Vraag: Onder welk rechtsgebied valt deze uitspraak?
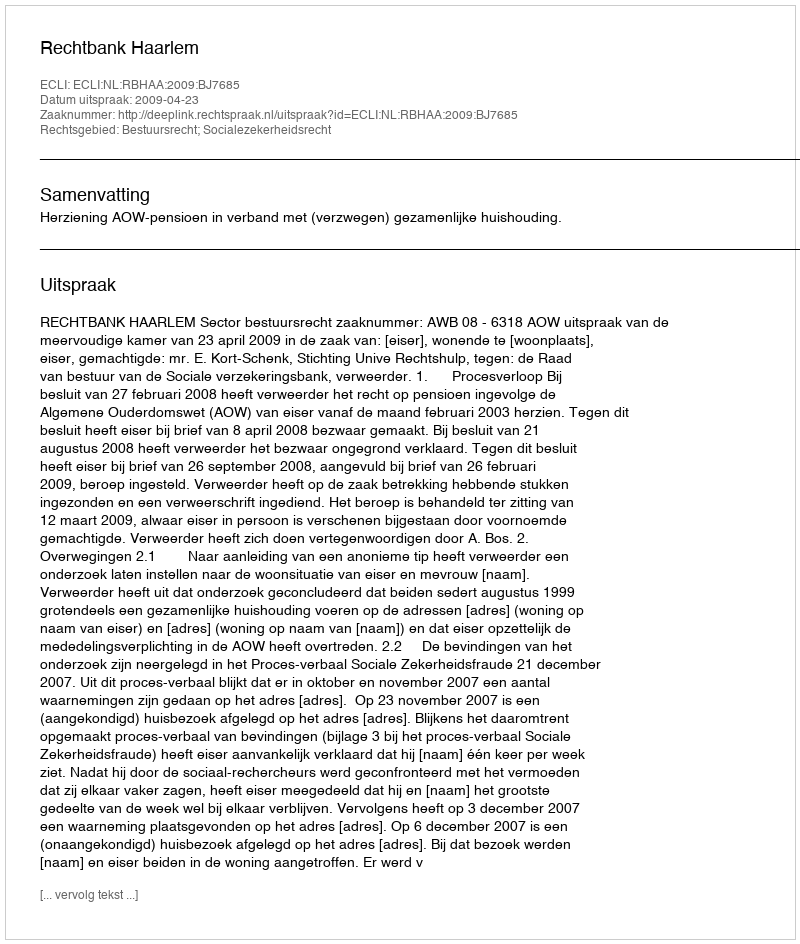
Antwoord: Bestuursrecht; Socialezekerheidsrecht